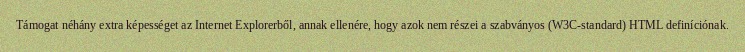
Támogat néhány extra képességet az Internet Explorerből, annak ellenére, hogy azok nem részei a szabványos (W3C-standard) HTML definíciónak.